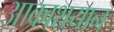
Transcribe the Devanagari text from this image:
आकाशयान